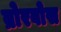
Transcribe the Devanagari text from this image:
ब्रोरवोस